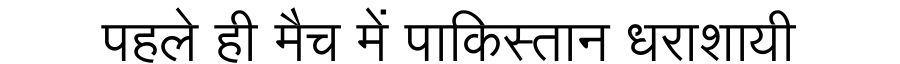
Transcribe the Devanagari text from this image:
पहले ही मैच में पाकिस्तान धराशायी